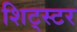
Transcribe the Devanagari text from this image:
शिट्स्टर